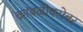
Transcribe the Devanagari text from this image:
कांबळीबरोबर